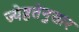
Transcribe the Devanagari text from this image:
ज्येष्ठतेनुसार